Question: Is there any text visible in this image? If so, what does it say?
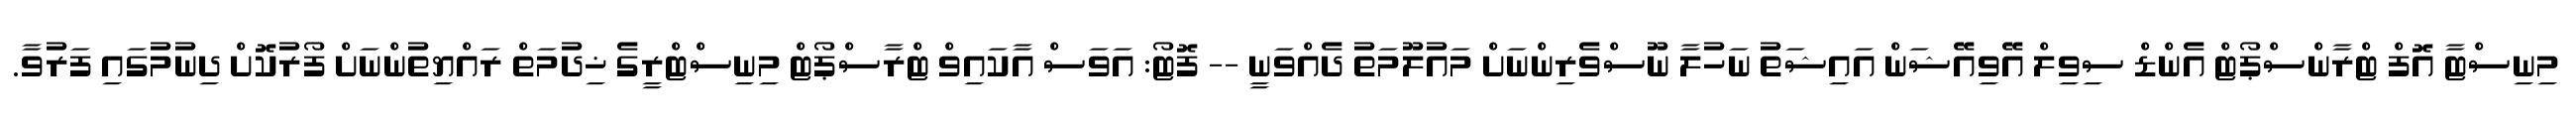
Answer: މިނިސްޓާ އޮފް ޓްރާންސްޕޯޓް އެންޑް ސިވިލް އޭވިއޭޝަން އައިޝަތު ނަހުލާ ނޫސްވެރިންނަށް މައުލޫމަތު ދެއްވަނީ -- ފޮޓޯ: އަވަސް އާކައިވް ޓްރާސްޕޯޓް މިނިސްޓްރީގެ ޚިދުމަތް ރައްޔިތުންނަށް ފޯރުކޮށް ދިނުމުގައި ފަރުވާ.